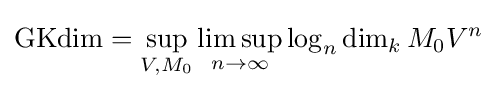
\operatorname {GKdim} =\sup _{V,M_{0}}\limsup _{n\to \infty }\log _{n}\dim _{k}M_{0}V^{n}